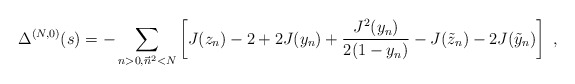
\begin{align*}\Delta^{(N,0)}(s)= - \sum_{n>0,\vec n^2<N}\left[ J(z_n) - 2 + 2 J(y_{n}) + \frac{J^{2}(y_{n})}{2 (1-y_{n})} - J(\tilde{z}_n) - 2 J(\tilde{y}_n) \right]\ , \end{align*}